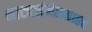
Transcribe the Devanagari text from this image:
नाट्यसंमेलनातच